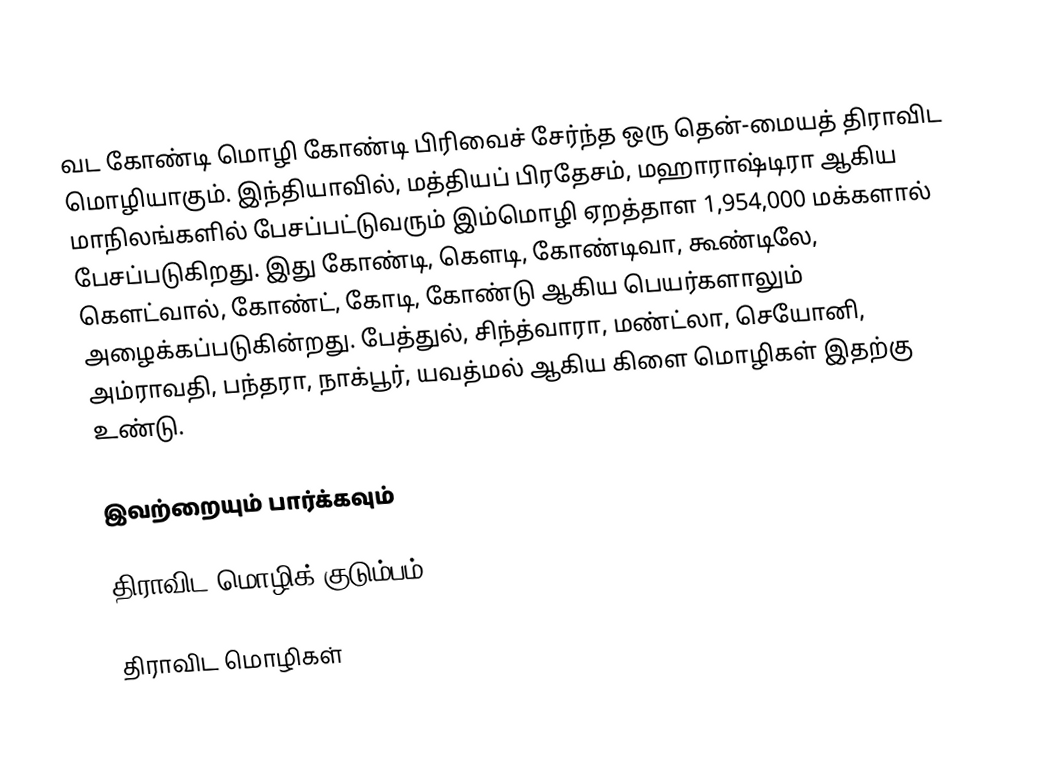
வட கோண்டி மொழி கோண்டி பிரிவைச் சேர்ந்த ஒரு தென்-மையத் திராவிட மொழியாகும். இந்தியாவில், மத்தியப் பிரதேசம், மஹாராஷ்டிரா ஆகிய மாநிலங்களில் பேசப்பட்டுவரும் இம்மொழி ஏறத்தாள 1,954,000 மக்களால் பேசப்படுகிறது. இது கோண்டி, கௌடி, கோண்டிவா, கூண்டிலே, கௌட்வால், கோண்ட், கோடி,  கோண்டு ஆகிய பெயர்களாலும் அழைக்கப்படுகின்றது. பேத்துல், சிந்த்வாரா, மண்ட்லா, செயோனி, அம்ராவதி, பந்தரா, நாக்பூர், யவத்மல் ஆகிய கிளை மொழிகள் இதற்கு உண்டு.

இவற்றையும் பார்க்கவும்

 திராவிட மொழிக் குடும்பம்

திராவிட மொழிகள்